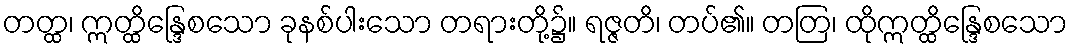
တတ္ထ၊ ဣတ္ထိန္ဒြေစသော ခုနစ်ပါးသော တရားတို့၌။ ရဇ္ဇတိ၊ တပ်၏။ တတြ၊ ထိုဣတ္ထိန္ဒြေစသော